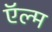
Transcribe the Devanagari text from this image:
ऍल्म